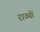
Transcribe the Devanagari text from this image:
राज्योंं